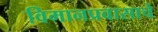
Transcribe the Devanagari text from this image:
विमानप्रवासाचे